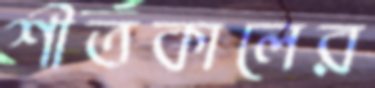
শীতকালের